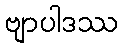
ဗျာပါဒဿ